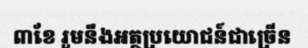
៣ខែ រួមនឹងអត្ថប្រយោជន៍ជាច្រើន